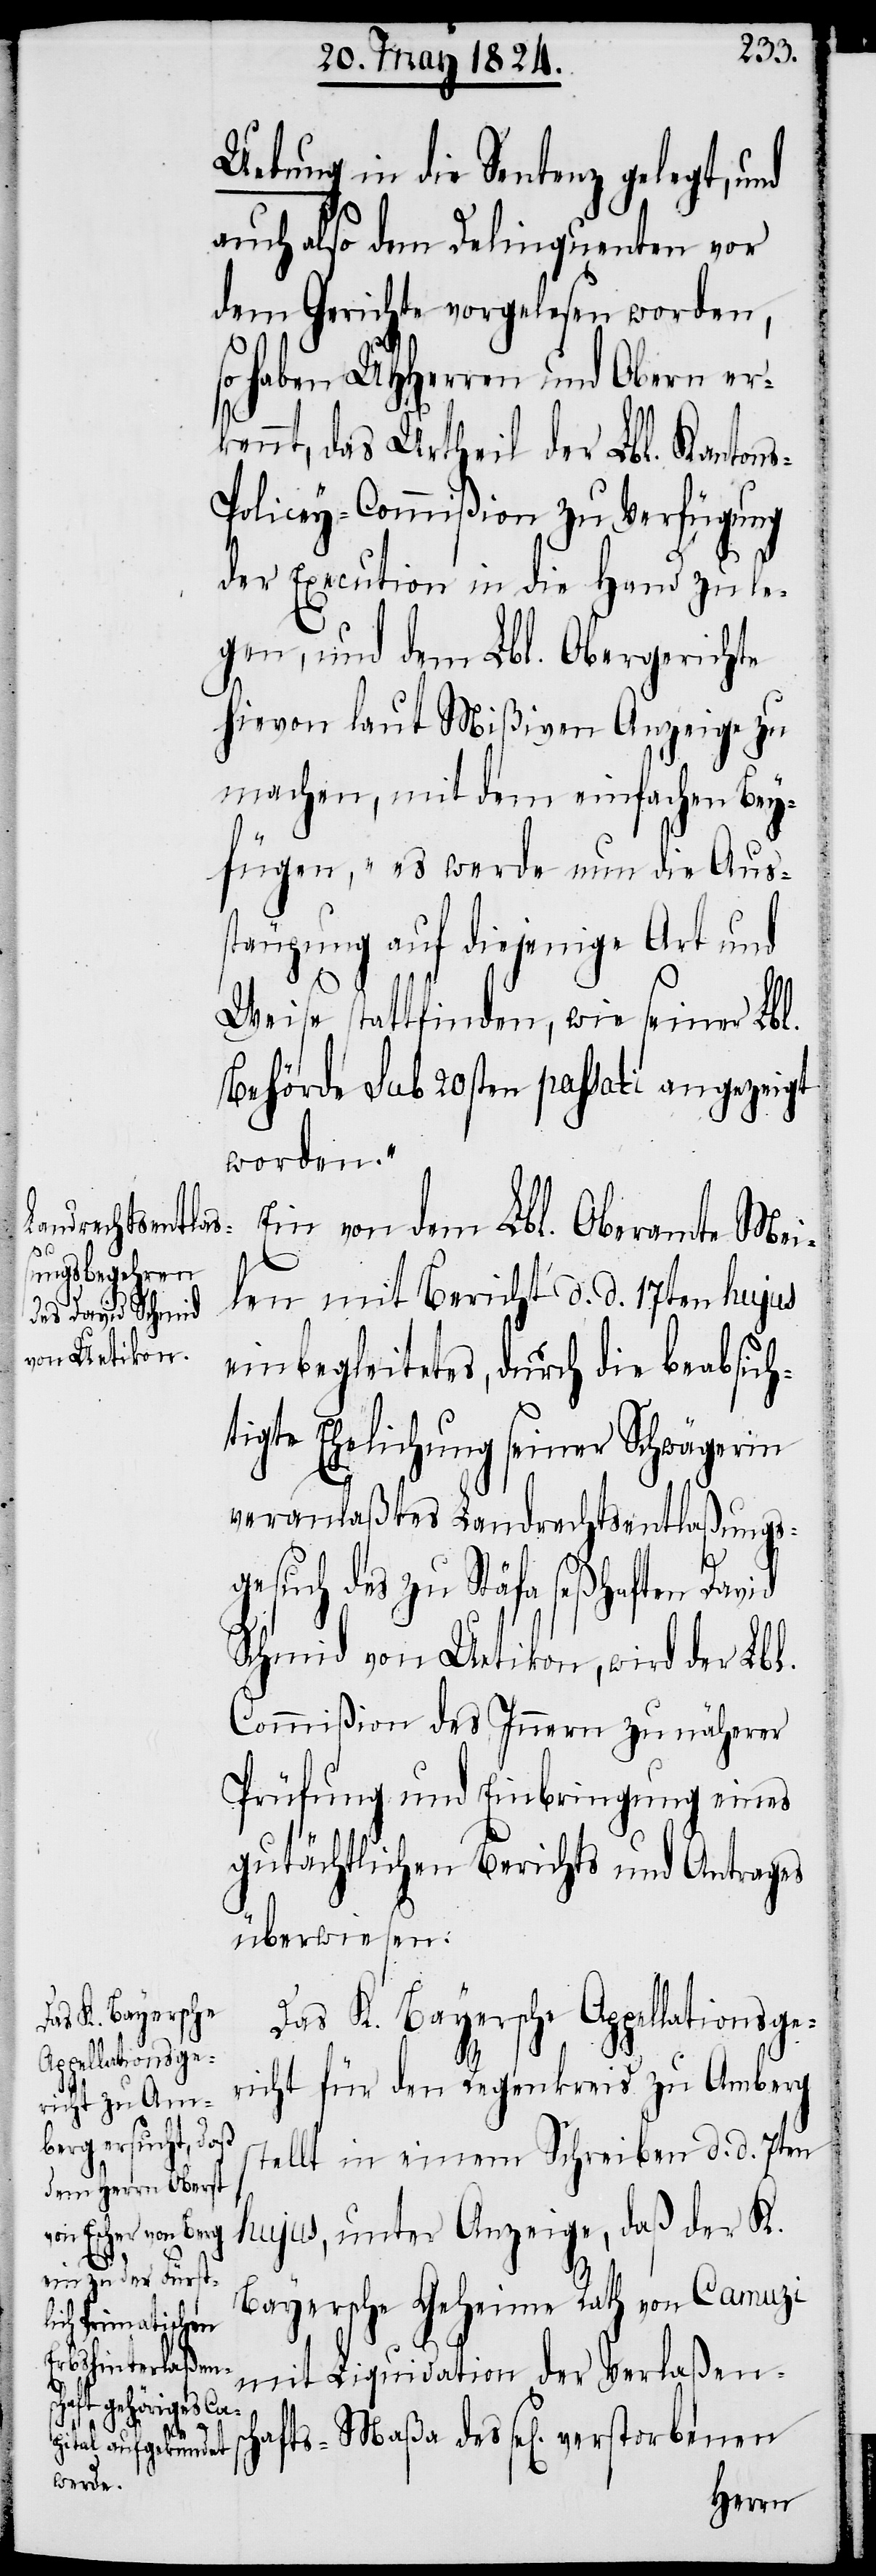
Uebung in die Sentenz gelegt, und
auch also dem Delinquenten vor
dem Gerichte vorgelesen worden,
so haben UHHerren und Obern er¬
kennt, das Urtheil der Lbl. Kanton¬
s-Policey-Commißion zu Verfügung
der Execution in die Hand zu le¬
gen, und dem Lbl. Obergerichte
hievon laut Mißiven Anzeige zu
machen, mit dem einfachen Bey¬
fügen, „es werde nun die Aus¬
stäupung auf diejenige Art und
Weise stattfinden, wie seiner Lbl.
Behörde sub 20sten passati angezeigt
worden.“
Ein von dem Lbl. Oberamte Mei¬
len mit Bericht d. d. 17ten hujus
einbegleitetes, durch die beabsich¬
tigte Ehelichung seiner Schwägerin
veranlaßtes Landrechtsentlaßungs¬
gesuch des zu Stäfa seßhaften David
Schmid von Uetikon, wird der Lbl.
Commißion des Innern zu näherer
Prüfung und Einbringung eines
gutächtlichen Berichts und Antrags
überwiesen.
Das K. Bayersche
Appellationsge¬
richt für den Regenkreis zu Amberg
stellt in einem Schreiben d. d. 7ten
hujus, unter Anzeige, daß der K.
Bayersche Geheime Rath von Camuzi
schafts-Maßa
mit Liquidation der Verlaßen¬
verstorbenen